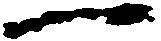
一